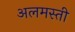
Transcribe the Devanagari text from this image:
अलमस्ती